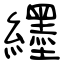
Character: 纆